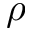
\rho